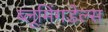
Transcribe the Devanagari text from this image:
ब्लूमिंगडेल्स